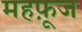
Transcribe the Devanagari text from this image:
महफ़ूज